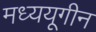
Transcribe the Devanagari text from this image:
मध्ययूगीन